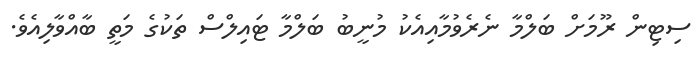
ސިޓިން ރޫމަށް ބަލްމާ ނެރެވުމާއިއެކު މުނީބު ބަލްމާ ޓައިލްސް ތަކުގެ މަތީ ބާއްވާލިއެވެ.